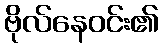
ဗိုလ်နေဝင်း၏